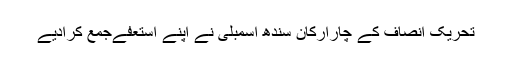
تحریک انصاف کے چارارکان سندھ اسمبلی نے اپنے استعفےجمع کرادیے